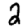
Digit: 2